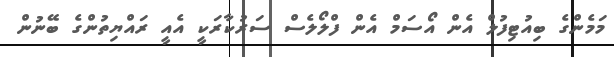
މަމެންގެ ބިއުޓިފުލް އެން އޯސަމް އެން ފްލޯލެސް ސަރުކާރަކީ އެއީ ރައްޔިތުންގެ ބޭނުން